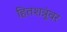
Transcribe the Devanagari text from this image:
हितशत्रूंवर